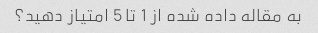
به مقاله داده شده از 1 تا 5 امتیاز دهید؟